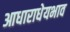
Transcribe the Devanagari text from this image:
आधाराधेयभाव